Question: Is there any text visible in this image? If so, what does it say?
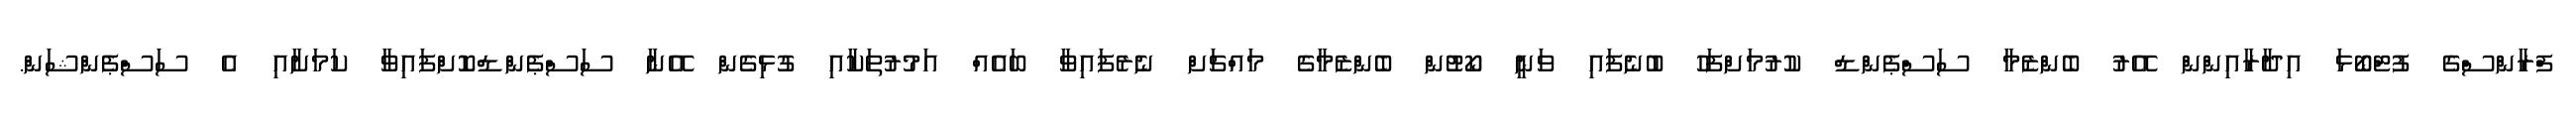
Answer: ފްރާންސްގެ ފުޓްބޯޅަ އިދާރާއިންން އޭރު ބެންޒެމާ ސަސްޕެންޑް ކުރުމަށްފަހު ބުނެފައި ވަނީ ކޯޓުން ބެންޒެމާގެ މައްޗަށް ނެރެފައިވާ ބައެއް އަމުރުތަކާއި ގުޅިގެން އޭނާ ސަސްޕެންޑްކޮށްފައިވާ ކަމަށާއި އެ ސަސްޕެންޝަން.